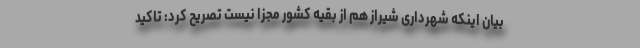
بیان اینکه شهرداری شیراز هم از بقیه کشور مجزا نیست تصریح کرد: تاکید